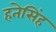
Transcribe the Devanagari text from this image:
हतेसिंह